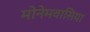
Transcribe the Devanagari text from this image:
मोनेमवासिया